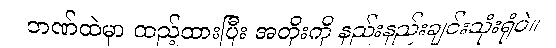
ဘဏ်ထဲမှာ ထည့်ထားပြီး အတိုးကို နည်းနည်းချင်းသုံးရုံပဲ။